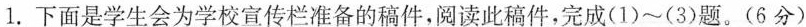
1.下面是学生会为学校宣传栏准备的稿件，阅读此稿件，完成(1)~(3)题。(6分)